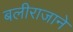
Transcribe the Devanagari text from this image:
बलीराजाने